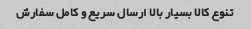
تنوع کالا بسیار بالا ارسال سریع و کامل سفارش